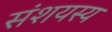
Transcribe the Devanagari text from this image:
संशयस्य